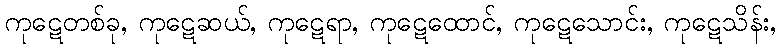
ကုဋေတစ်ခု, ကုဋေဆယ်, ကုဋေရာ, ကုဋေထောင်, ကုဋေသောင်း, ကုဋေသိန်း,